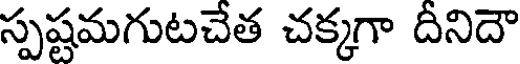
స్పష్టమగుటచేత చక్కగా దీనిదౌ